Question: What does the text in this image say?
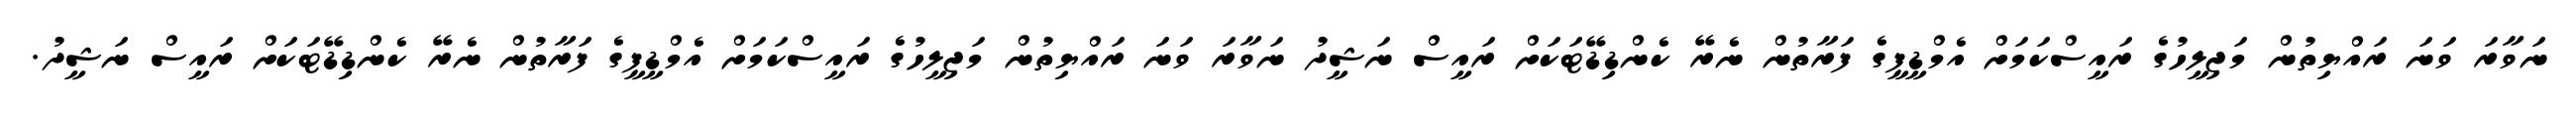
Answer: ނަވާރަ ވަނަ ރައްޔިތުން މަޖިލީހުގެ ރައީސްކަމަށް އެމްޑީޕީގެ ފަރާތުން ނެރޭ ކެންޑިޑޭޓަކަށް ރައީސް ނަޝީދު ނަވާރަ ވަނަ ރައްޔިތުން މަޖިލީހުގެ ރައީސްކަމަށް އެމްޑީޕީގެ ފަރާތުން ނެރޭ ކެންޑިޑޭޓަކަށް ރައީސް ނަޝީދު.